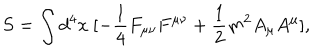
LaTeX: S = \int d ^ { 4 } x \ [ - \frac { 1 } { 4 } F _ { \mu \nu } F ^ { \mu \nu } + \frac { 1 } { 2 } m ^ { 2 } A _ { \mu } A ^ { \mu } ] ,